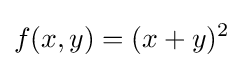
f(x,y)=(x+y)^{2}